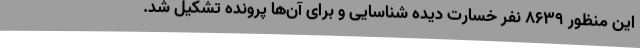
این منظور 8639 نفر خسارت دیده شناسایی و برای آن‌ها پرونده تشکیل شد.